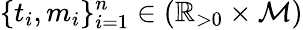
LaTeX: \{ t_{i},m_{i}\} _{i=1}^{n}\in\left(\mathbb{R}_{>0}\times\mathcal{M}\right)